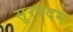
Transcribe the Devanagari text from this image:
सूरपदम